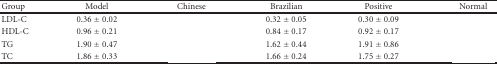
<table><thead><tr><td><b>Group</b></td><td><b>Model</b></td><td><b>Chinese</b></td><td><b>Brazilian</b></td><td><b>Positive</b></td><td><b>Normal</b></td></tr></thead><tbody><tr><td>LDL-C</td><td>0.36 ± 0.02</td><td>[EMPTY_CELL]</td><td>0.32 ± 0.05</td><td>0.30 ± 0.09</td><td>[EMPTY_CELL]</td></tr><tr><td>HDL-C</td><td>0.96 ± 0.21</td><td>[EMPTY_CELL]</td><td>0.84 ± 0.17</td><td>0.92 ± 0.17</td><td>[EMPTY_CELL]</td></tr><tr><td>TG</td><td>1.90 ± 0.47</td><td>[EMPTY_CELL]</td><td>1.62 ± 0.44</td><td>1.91 ± 0.86</td><td>[EMPTY_CELL]</td></tr><tr><td>TC</td><td>1.86 ± 0.33</td><td>[EMPTY_CELL]</td><td>1.66 ± 0.24</td><td>1.75 ± 0.27</td><td>[EMPTY_CELL]</td></tr></tbody></table>